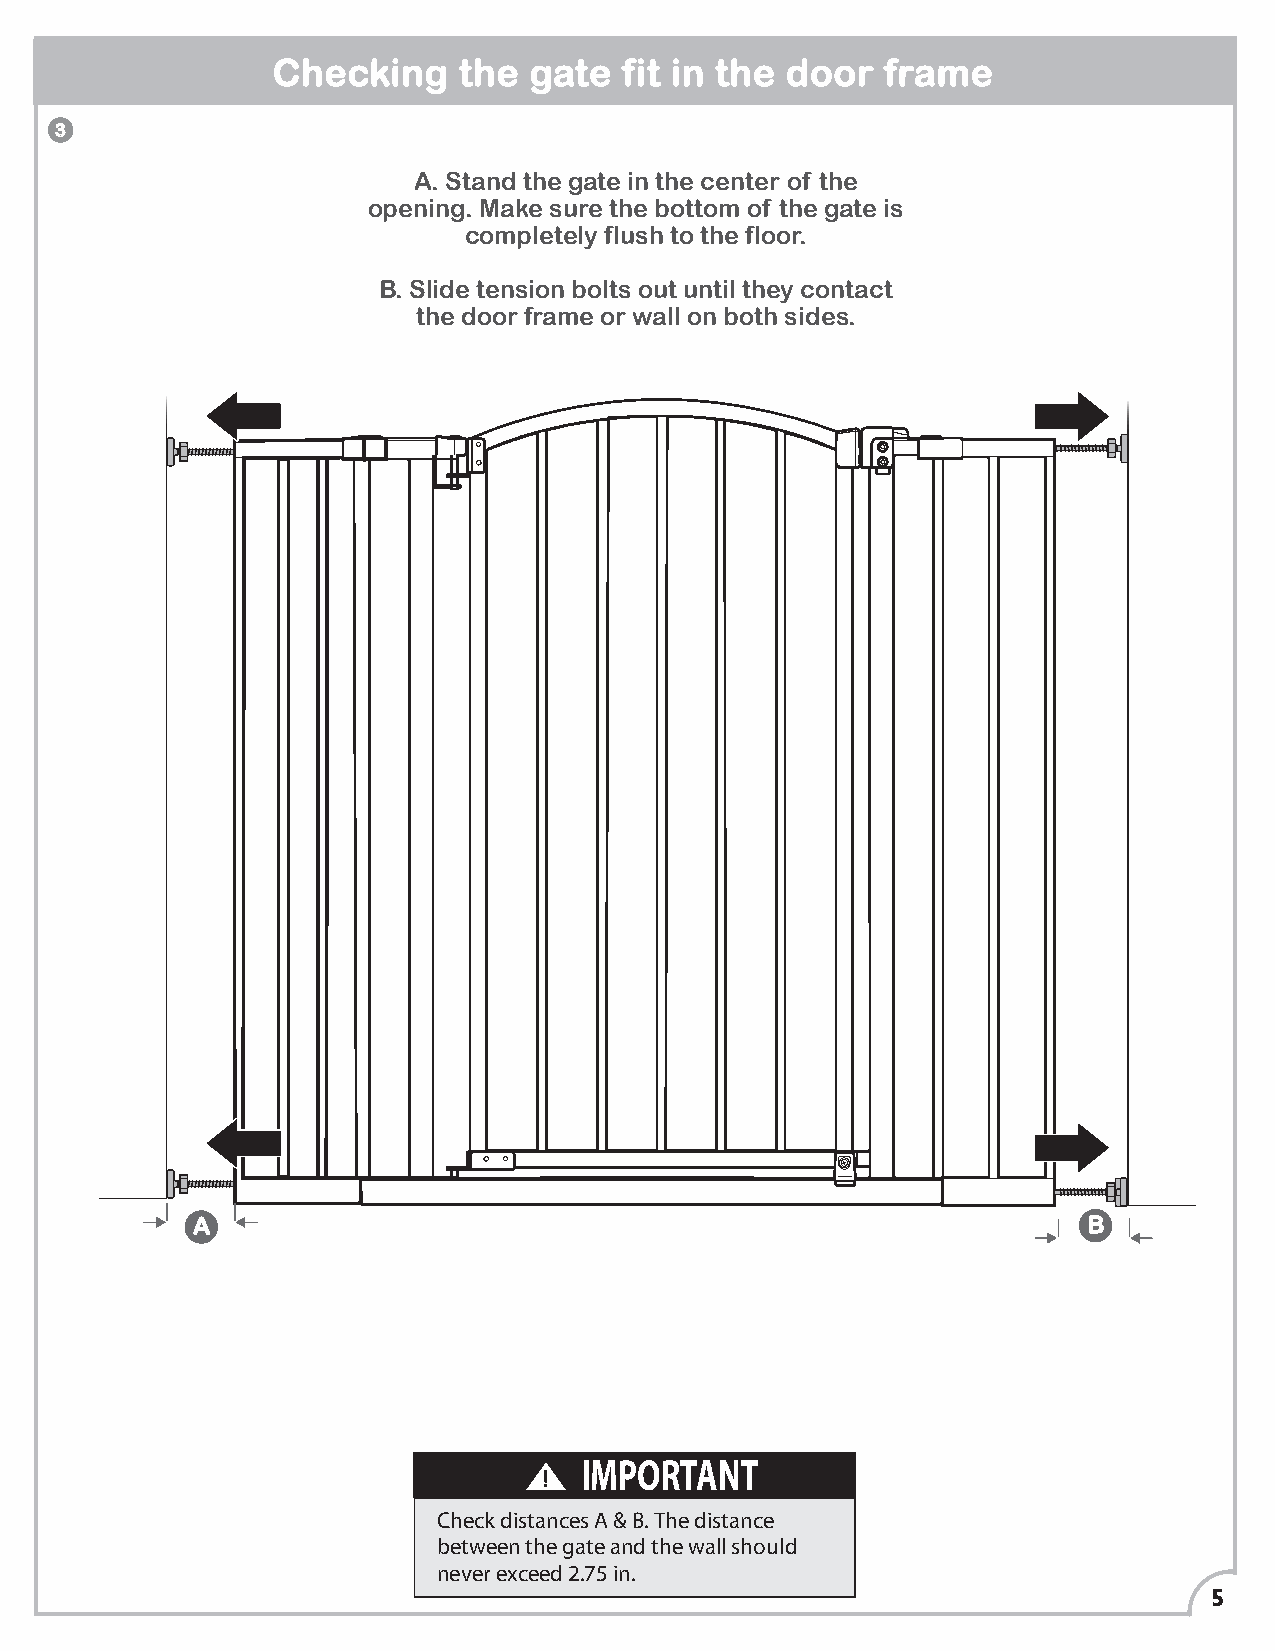
Checking    the  gate  fit in the door   frame
 3
 A. Stand the gate in the center of the
 opening. Make sure the bottom of the gate is
 completely flush to the floor.
 B. Slide tension bolts out until they contact
 the door frame or wall on both sides.
 A                                                          B
 IMPORTANT
 Check distances A & B. The distance
 between the gate and the wall should
 never exceed 2.75 in.
 5